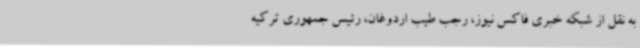
به نقل از شبکه خبری فاکس نیوز، رجب طیب اردوغان، رئیس جمهوری ترکیه